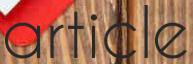
article